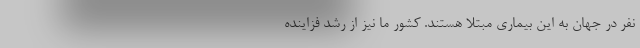
نفر در جهان به این بیماری مبتلا هستند. کشور ما نیز از رشد فزاینده